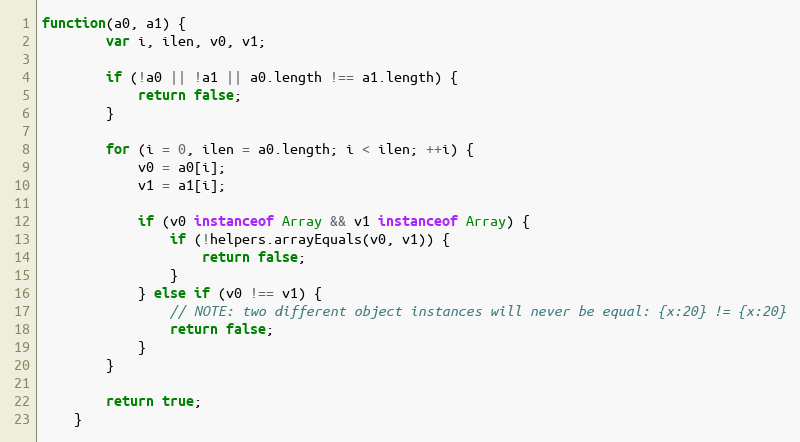
Language: JavaScript
function(a0, a1) {
		var i, ilen, v0, v1;

		if (!a0 || !a1 || a0.length !== a1.length) {
			return false;
		}

		for (i = 0, ilen = a0.length; i < ilen; ++i) {
			v0 = a0[i];
			v1 = a1[i];

			if (v0 instanceof Array && v1 instanceof Array) {
				if (!helpers.arrayEquals(v0, v1)) {
					return false;
				}
			} else if (v0 !== v1) {
				// NOTE: two different object instances will never be equal: {x:20} != {x:20}
				return false;
			}
		}

		return true;
	}